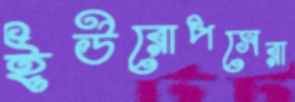
ইউরোপসেরা